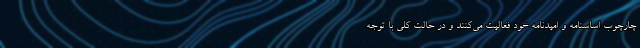
چارچوب اساسنامه و امیدنامه خود فعالیت می‌کنند و در حالت کلی با توجه